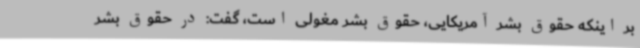
بر اینکه حقوق بشر آمریکایی، حقوق بشر مغولی است، گفت: در حقوق بشر